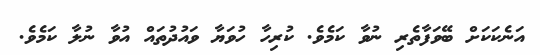
އަނެކަކަށް ބޭވަފާތެރި ނުވާ ކަމެވެ. ކުރިހާ ހުވަޔާ ވައުދުތައް އުވާ ނުލާ ކަމެވެ.